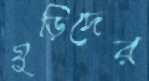
ঘুড়িদের